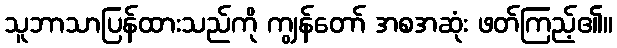
သူဘာသာပြန်ထားသည်ကို ကျွန်တော် အစအဆုံး ဖတ်ကြည့်၏။